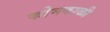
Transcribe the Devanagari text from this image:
कोमकाळी